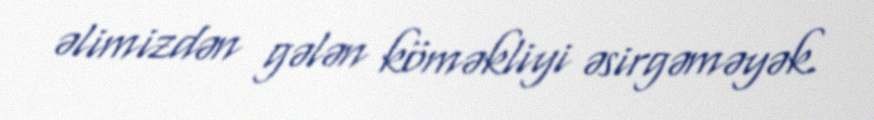
əlimizdən gələn köməkliyi əsirgəməyək.